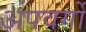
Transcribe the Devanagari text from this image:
अपवर्गो